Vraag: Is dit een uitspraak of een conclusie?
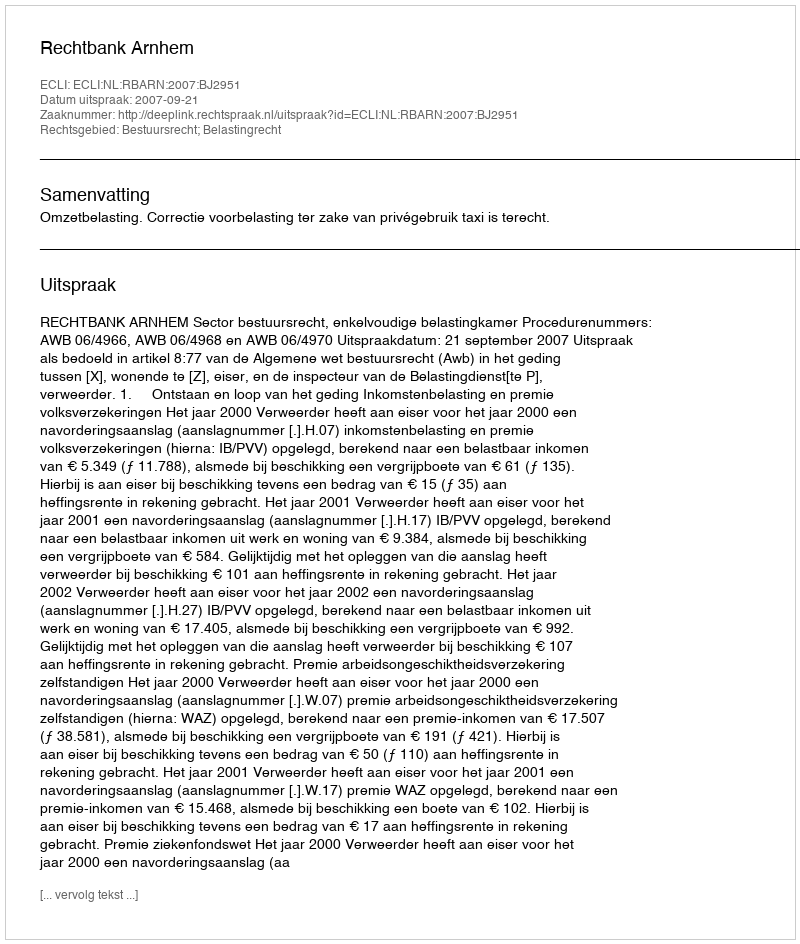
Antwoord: Uitspraak